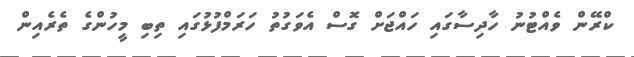
ކްރޭން ވެއްޓުނު ހާދިސާގައި ހައްޖަށް ގޮސް އެވަގުތު ހަރަމްފުޅުގައި ތިބި މީހުންގެ ތެރެއިން